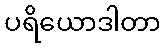
ပရိယောဒါတာ